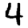
Digit: 4